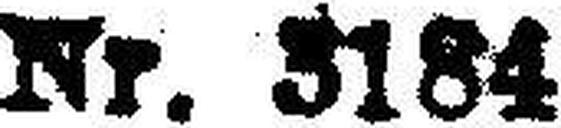
Nr. 3184